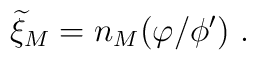
{\widetilde \xi}_M=n_M (\varphi/\phi^\prime)~.